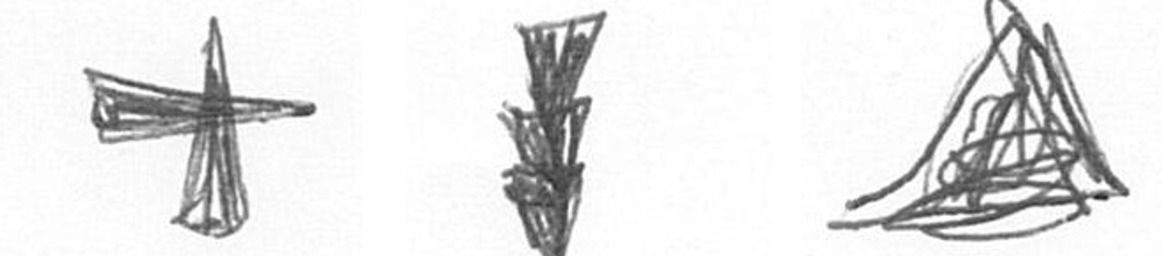
G E O